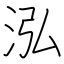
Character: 泓